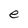
Character: e